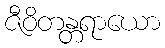
ဇီဝိတန္တရာယော